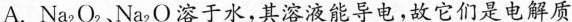
A.Na_{2}O_{2}、Na_{2}O溶于水，其溶液能导电，故它们是电解质